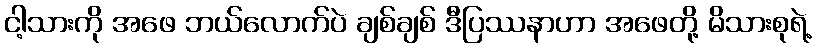
ငါ့သားကို အဖေ ဘယ်လောက်ပဲ ချစ်ချစ် ဒီပြဿနာဟာ အဖေတို့ မိသားစုရဲ့